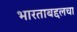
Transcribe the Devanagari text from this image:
भारताबद्दलचा